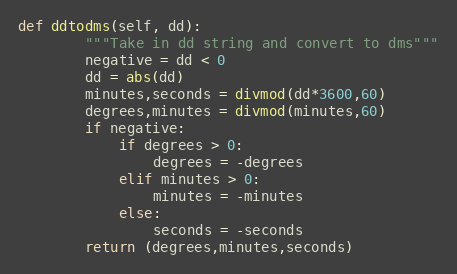
Language: Python
def ddtodms(self, dd):
        """Take in dd string and convert to dms"""
        negative = dd < 0
        dd = abs(dd)
        minutes,seconds = divmod(dd*3600,60)
        degrees,minutes = divmod(minutes,60)
        if negative:
            if degrees > 0:
                degrees = -degrees
            elif minutes > 0:
                minutes = -minutes
            else:
                seconds = -seconds
        return (degrees,minutes,seconds)